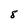
Character: 8